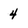
Character: 4